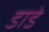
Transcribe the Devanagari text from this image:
डाडे